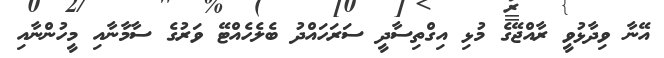
އޭނާ ވިދާޅުވީ ރާއްޖޭގެ މުޅި އިގްތިސާދީ ސަރަހައްދު ބެލެހެއްޓޭ ވަރުގެ ސާމާނާއި މީހުންނާއި